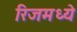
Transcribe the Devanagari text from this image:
रिजमध्ये